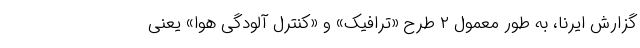
گزارش ایرنا، به طور معمول ۲ طرح «ترافیک» و «کنترل آلودگی هوا» یعنی